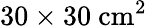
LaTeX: \mathrm{30\times 30~cm^{2}}